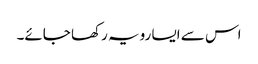
اس سے ایسا رویہ رکھا جائے۔